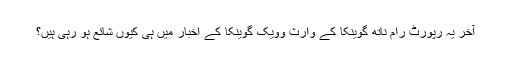
آخر یہ رپورٹ رام ناتھ گوینکا کے وارث وویک گوینکا کے اخبار میں ہی کیوں شائع ہو رہی ہیں؟